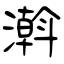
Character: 濣